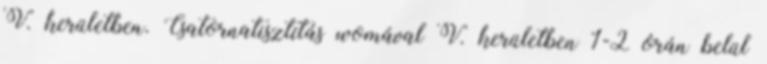
V. kerületben. Csatornatisztítás womával V. kerületben 1-2 órán belül